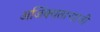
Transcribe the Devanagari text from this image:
अजिंक्‍यतार्‍याची